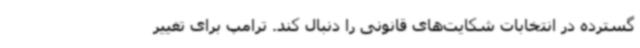
گسترده در انتخابات شکایت‌های قانونی را دنبال کند. ترامپ برای تغییر